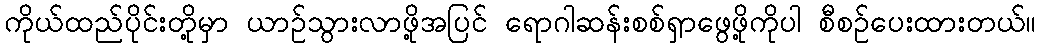
ကိုယ်ထည်ပိုင်းတို့မှာ ယာဉ်သွားလာဖို့အပြင် ရောဂါဆန်းစစ်ရှာဖွေဖို့ကိုပါ စီစဉ်ပေးထားတယ်။